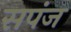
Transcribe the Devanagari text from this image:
सपंज